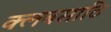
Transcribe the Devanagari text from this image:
क्लबसाठि